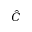
\hat { C }